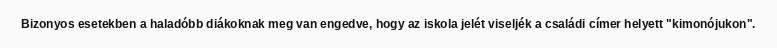
Bizonyos esetekben a haladóbb diákoknak meg van engedve, hogy az iskola jelét viseljék a családi címer helyett "kimonójukon".